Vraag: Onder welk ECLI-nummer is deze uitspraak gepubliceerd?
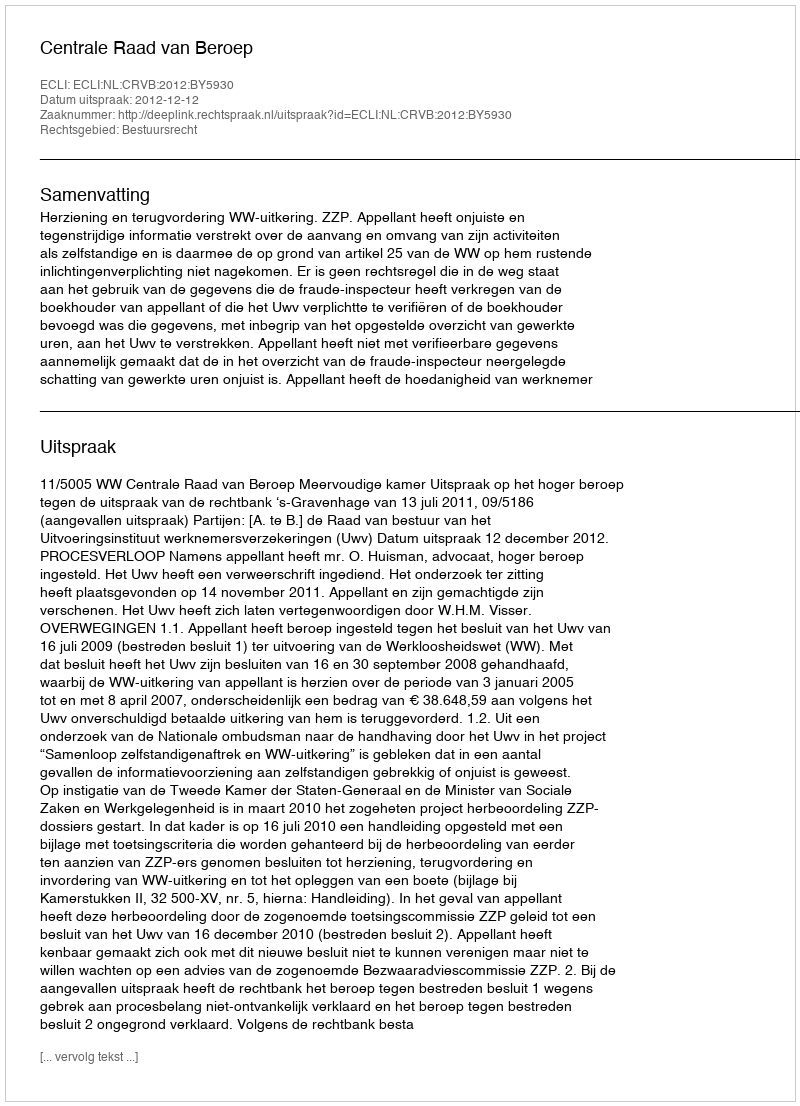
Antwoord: ECLI:NL:CRVB:2012:BY5930